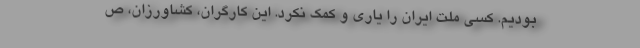
بودیم. کسی ملت ایران را یاری و کمک نکرد. این کارگران، کشاورزان، ص